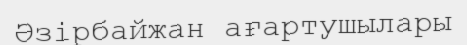
Әзірбайжан ағартушылары